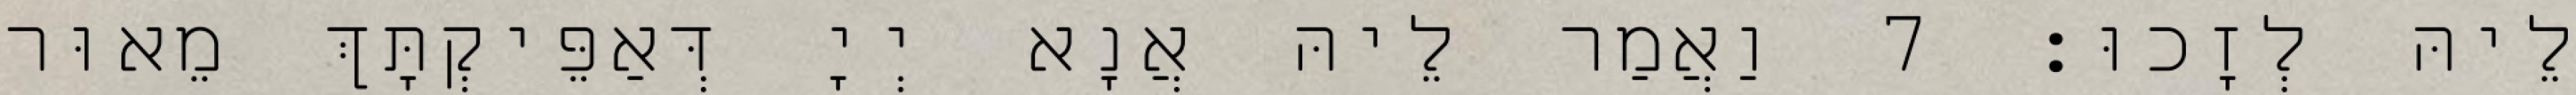
לֵיהּ לְזָכוּ׃ 7 וַאֲמַר לֵיהּ אֲנָא יְיָ דְּאַפֵּיקְתָּךְ מֵאוּר